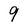
Character: 9